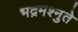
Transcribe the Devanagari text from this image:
भद्रमश्नुते